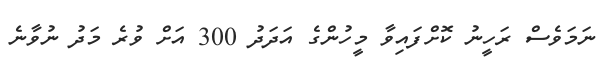
ނަމަވެސް ރަހީނު ކޮށްފައިވާ މީހުންގެ އަދަދު 300 އަށް ވުރެ މަދު ނުވާނެ